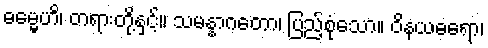
ဓမ္မေဟိ၊ တရားတို့နှင့်။ သမန္နာဂတော၊ ပြည့်စုံသော။ ဝိနယဓရော၊